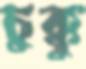
চুক্কু